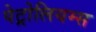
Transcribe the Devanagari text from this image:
पेट्रोलियम्स